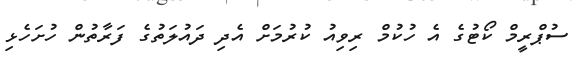
ސުޕްރީމް ކޯޓުގެ އެ ހުކުމް ރިވިއު ކުރުމަށް އެދި ދައުލަތުގެ ފަރާތުން ހުށަހެޅި